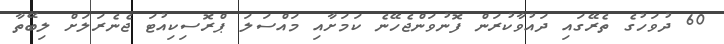
60 ދުވަހުގެ ތެރޭގައި ދައުވާކުރަން ފޮނުވަންޖެހޭނެ ކަމަށާއި މައްސަލަ ޕްރޮސިކިއުޓަ ޖެނެރަލަށް ލިބޭތާ